Vital statistics of India. Vol. VI, European troops 1870-79
Year: 1870
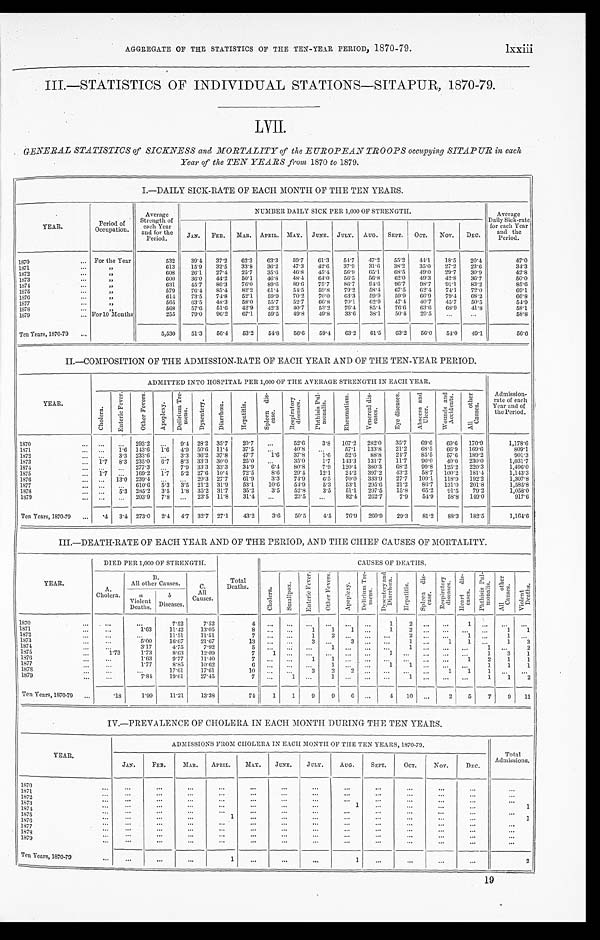
AGGREGATE OF THE STATISTICS OF THE TEN-YEAR PERIOD, 1870-79. lxxiii
III.—STATISTICS OF INDIVIDUAL STATIONS—SITAPUR, 1870-79.
LVII.
GENERAL STATISTICS of SICKNESS and MORTALITY of the EUROPEAN TROOPS occupying SITAPUR in each
Year of the TEN YEARS from 1870 to 1870.
I.—DAILY SICK-RATE OF EACH MONTH OF THE TEN YEARS.
YEAR.
Period of
Occupation.
Average Strength of
each Year
and for the
Period.
NUMBER DAILY SICK PER 1,000 OF STRENGTH.
Average
Dai l Si ck-rate
f o r e a c h Y e a r
and the
Period.
JAN. FEB. MAR. APRIL. MAY. JUNE. JULY. AUG. SEPT. OCT. NOV. DEC.
1870
... For the Year
532
39.4 37.2 62.3 63.3 59.7 61.3 54.7 47.2 55.2 44.1 18.5 20. 4
47.0
1871
...
„
613
15.9 32.5 33.8 36.2 47.3 42.6 37.9 31.6 38.2 35.0 27.2 23.6
34. 3
1872
...
„
608
26.1 27.4 25.7 35.6 46.8 45.4 56.9 65.1 68.5 49.0 29.7 30.9
42. 8
1873
...
„
600
36.0 44.2 50.1
46. 8 48.4 64.0 56.5 56.8 62.0 49.3 42.8 36.7
50.0
1874
...
„
631
45.7 86.3 76.0 89.6 89.6 75.7 86.7 94.6 96.7 98.7 91.1 83.2
85.6
1875
...
„
579
76.4 85.4 82.2 61.4 54.5 59.8 79.2 58.4 67.5 62.4 74.1 72.0
69.1
1876
...
„
614 73.5 74.8 52.1 59.9 70.2 70.0
6 3 . 3 59.9 59.9 66.9 79.4 68.9
66.8
1877
...
„
565
63.5 48.3 58.0 55.7 52.7 66.8 70.1 62.9 47.4 40.7 45.7 50.5
54.9
1878
...
„
568
57.6 51.6 42.9 42.3 40.7 53.2 76.4 85.4 76.6 63.6 68.9 41.8
58.1
1879
... For 10 Months
255 79.0 96.2
6 7 . 1 59.5 49.8 49.8 33.6 38.1 50.4 29.5 ...
...
58.8
Ten Years, 1870-79 ...
5,530
51.3 56.4 53.2 54.8 56.6 59.4 63.2 61.5 63.2 56.0 54.0 49.1
56.6
II.—COMPOSITION OF THE ADMISSION-RATE OF EACH YEAR AND OF THE TEN-YEAR PERIOD.
YEAR.
ADMITTED INTO HOSPITAL PER 1,000 OF THE AVERAGE STRENGTH IN EACH YEAR.
Admission-
rate of each
Year and of
the Period.
C h o l e r a . E n t e r i c F e v e r . O t h e r F e v e r s .
Apopl exy.
D e l i r i u m T r e -
me n s .
D y s e n t e r y .
D i a r r h œ a .
H e p a t i t i s .
S p l e e n d i s -
e a s e .
R e s p i r a t o r y
d i s e a s e s .
P h t h i s i s P u l -
m o n a l i s .
R h e u m a t i s m .
V e n e r e a l d i s -
e a s e s .
E y e d i s e a s e s .
A b s c e s s a n d
U l c e r .
W o u n d s a n d
A c c i d e n t s .
A l l o t h e r
C a u s e s .
1870
... . . .
. . . 293.2 . . .
9.4 28.2 35.7 20.7 ...
52.6 3.8 107.2 282.0 35.7 69.6 69.6 170.9
1,178.6
1871
... ... 1.6 143.6 1.6 4.9 50.6 11.4 37.5 ...
40.8 ...
57.1 133.8 21.2 68.5 66.9 169.6
809.1
1872
...
. . . 3.3 233.6
. . . 3.3 36.2 37.8 47.7
1.6 37.8
1.6 52.6 88.8 24.7 85.5 57.6 189.2
901.3
1873
... 1.7 8.3 235.0 6.7 8.3 33.3 30.0 25.0 ...
35.0 1.7 143.3 131.7 11.7
90. 0 40.0 230.0
1,031.7
1874
...
... ... 277.3 . . .
7.9 33.3 33.3 34.9 6.4 80.8 7.9 120.4 380.3 68.2
9 9 . 8 125.2 220.3
1,496.0
1875
... 1.7 . . . 169.2 1.7 5.2 27.6 10.4 72.5
8.6 29.4 12.1 24.2 397.2 43.2 58.7 100.2 181.4
1,143.3
1876
... ... 13.0 239.4 . . .
... 29.3 27.7 61.9
3.3 74.9 6.5 70.0 333.9 27.7 109.1 118.9 192.2
1,307.8
1877
...
. . . ... 610.6 5.3 3.5 21.2 31.9 53.1 10.6 54.9
5.3 53.1 295.6 21.2 86.7 131.0 201.8
1,585.8
1878
... . . . 5.3 285.2 3.5 1.8 35.2 31.7 35.2
3.5 52.8 3.5 51.1 297.5 15.8 65.2 91.5 79.2
1,058.0
1879
... . . . . . . 203.9 7.8 ... 23.5 11.8 31.4 ...
23.5 ...
82.4 262.7 7.9 54.9 58.8 149.0
917.6
Ten Years, 1870-79 ...
. 4 3.4 273.0 2.4 4.7 32.7 27.1 43.2
3.6 50.5
4.5 76.9 260.9 29.3 81.2 88.3 182.5
1,164.6
III.—DEATH-RATE OF EACH YEAR AND OF THE PERIOD, AND THE CHIEF CAUSES OF MORTALITY.
YEAR.
DIED PER 1,000 OF STRENGTH.
Total Deaths.
CAUSES OF DEATHS.
A.
Cholera.
B.
All other Causes.
C.
All
Causes.
C h o l e r a .
Smallpox.
E n t e r i c F e v e r .
O t h e r F e v e r s .
Apoplexy.
D e l i r i u m T r e -
m e n s . D y s e n t e r y a n d
D i a r r h œ a .
H e p a t i t i s .
S p l e e n d i s -
e a s e .
R e s p i r a t o r y
d i s e a s e s .
H e a r t d i s -
e a s e s .
P h t h i s i s P u l -
mo n a l i s .
A l l o t h e r
C a u s e s . Vi o l e n t
De a t h s .
a
Violent
Deaths.
b
Diseases.
1870
...
...
...
7.52
7.52
4 ... ...
... ... ...
...
1
2 ... ...
1 ... ... ...
1871
...
...
1.63
11.42
13.05
8 ...
...
1 1 1
...
1
2 ... ...
......
1
1
1872
...
. . .
...
11.51
11.51
7 ...
...
1 2 ...
...
... 2 ... ...
1 ...
1 ...
1873
...
...
5.00
16.67
21.67
13 ... ... 3 ...
3 ... ... 1 ...
1
1 ...
1
3
1874
...
...
3.17
4. 75
7.92
5 ... ... ... 1 ...
...
... 1 ... ...
... 1 ...
2
1875
...
1.73
1.73
8.63
12.09
7 1
... ... ... ...
...
1 ...
... ... ...
1
3
1
1876
...
...
1.63
9. 77
11.40
7 ... ...
1
1 ...
... ... ...
...
...
1
2
1
1
1877
...
...
1.77
8. 85
10.62 6
...
... ... 1 ...
...
1 1 ... ...
... 1
1
1
1878
...
...
...
17.61
17.61
10 ... ...
3
2
2 ...
... ...
. . .
1
1 1 ... ...
1879
...
...
7.84 19.61
27.45
7 ... 1 ...
1 ... ... ... 1 ... ...
... 1
1
2
Ten Years, 1870-79 ...
.18
1.99
11.21
13.38
74
1
1
9
96
...
4 10 ... 2
5
7
9 11
IV.—PREVALENCE OF CHOLERA IN EACH MONTH DURING THE TEN YEARS.
YEAR.
ADMISSIONS FROM CHOLERA IN EACH MONTH OF THE TEN YEARS, 1870-79.
Total
Admissions.
JAN.
FEB.
MAR. APRIL. MAY. JUNE. JULY.
AUG.
SEPT.
OCT.
NOV.
DEC.
1870
. . . ...
...
...
...
...
. . .
. . .
...
...
...
...
...
...
1871
... ... ...
...
... ...
...
. . .
. . .
... ...
...
. . .
...
1872
...... ...
... ... ...
...
...
...
...
...
...
...
...
1873
...
...
...
... ... ...
...
...
1
...
... ...
...
1
1874
... ...
. . .
. . .
. . .
...
. . . ...
...
...
...
. . .
...
. . .
1875
...
...
...
...
1
...
...
...
...
...
... ...
. . .
1
1876
...... ...
... ... ...
...
...
...
...
...
...
...
...
1877
... ...
...
...
...
...
...
...
...
... ...
. . . ...
...
1878
. . . ...
...
...
...
...
...
...
...
...
... ...
...
. . .
1879
......
. . .
. . .
. . .
... ...
...
...
... ...
...
...
...
Ten Years, 1870-79
...
...
. . . ...
1 ...
. . . ...
1 ... ...
...
...
2
19